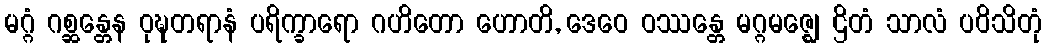
မဂ္ဂံ ဂစ္ဆန္တေန ဝုဍ္ဎတရာနံ ပရိက္ခာရော ဂဟိတော ဟောတိ, ဒေဝေ ဝဿန္တေ မဂ္ဂမဇ္ဈေ ဌိတံ သာလံ ပဝိသိတုံ